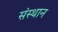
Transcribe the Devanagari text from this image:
संस्थान